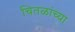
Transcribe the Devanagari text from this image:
चितळांच्या